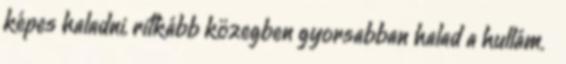
képes haladni, ritkább közegben gyorsabban halad a hullám. 